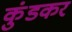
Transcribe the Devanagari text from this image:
कुंडकर